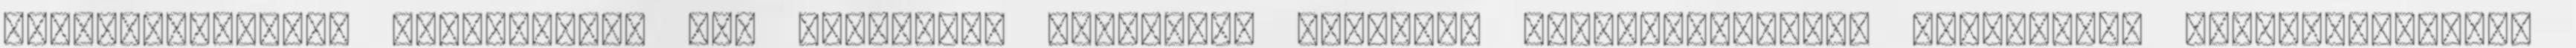
együttműködések kialakítása más szociális területen dolgozók érdekvédelmével foglalkozó szervezetekkel.